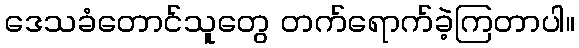
ဒေသခံတောင်သူတွေ တက်ရောက်ခဲ့ကြတာပါ။